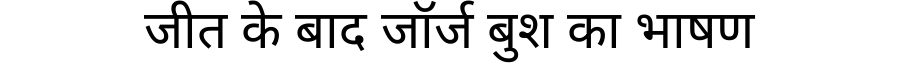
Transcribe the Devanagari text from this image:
जीत के बाद जॉर्ज बुश का भाषण